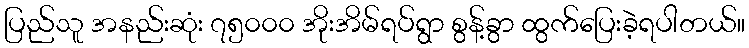
ပြည်သူ အနည်းဆုံး ၇၅၀၀၀ အိုးအိမ်ရပ်ရွာ စွန့်ခွာ ထွက်ပြေးခဲ့ရပါတယ်။